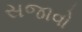
સજાવો